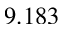
9 . 1 8 3